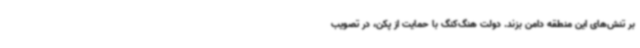
بر تنش‌های این منطقه دامن بزند. دولت هنگ‌کنگ با حمایت از پکن، در تصویب